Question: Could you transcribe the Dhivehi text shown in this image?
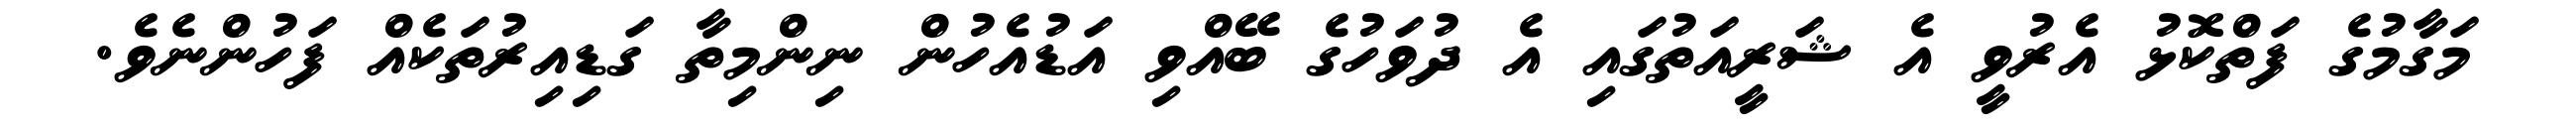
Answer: މަގާމުގެ ފަތްކޮޅު އެރުވީ އެ ޝަރީއަތުގައި އެ ދުވަހުގެ ބޭއްވި އަޑުއެހުން ނިންމިތާ ގަޑިއިރުތަކެއް ފަހުންނެވެ.